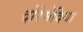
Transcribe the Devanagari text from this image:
दोरेमेदिया